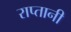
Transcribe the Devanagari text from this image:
राप्तानी